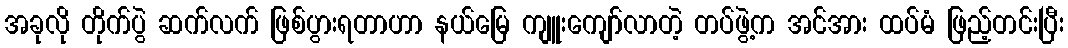
အခုလို တိုက်ပွဲ ဆက်လက် ဖြစ်ပွားရတာဟာ နယ်မြေ ကျူးကျော်လာတဲ့ တပ်ဖွဲ့က အင်အား ထပ်မံ ဖြည့်တင်းပြီး